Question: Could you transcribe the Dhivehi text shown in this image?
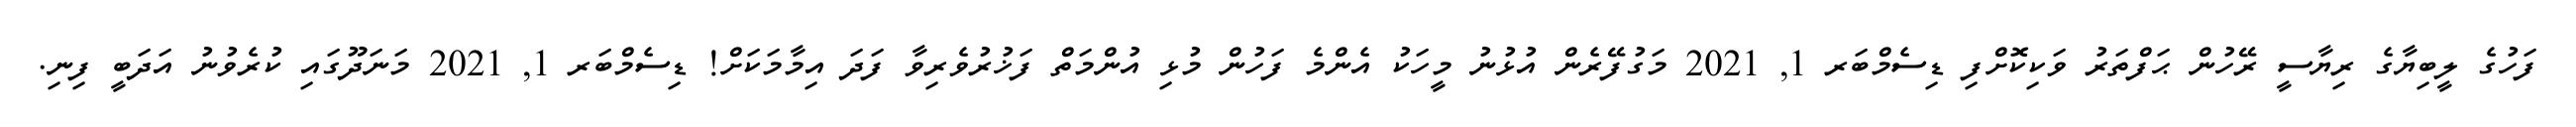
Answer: ފަހުގެ ލީބިޔާގެ ރިޔާސީ ރޭހުން ޙަފްތަރު ވަކިކޮށްފި ޑިސެމްބަރ 1, 2021 މަގުފޭރެން އުޅުނު މީހަކު އެންމެ ފަހުން މުޅި އުންމަތް ފަޚުރުވެރިވާ ފަދަ އިމާމަކަށް! ޑިސެމްބަރ 1, 2021 މަނަދޫގައި ކުރެވުނު އަދަބީ ފިނި.